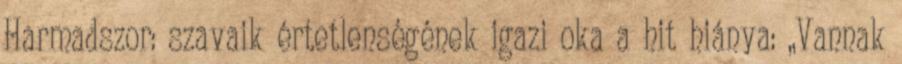
Harmadszor: szavaik értetlenségének igazi oka a hit hiánya: „Vannak